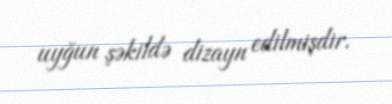
uyğun şəkildə dizayn edilmişdir.